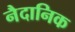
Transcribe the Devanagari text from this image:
नैदानिक